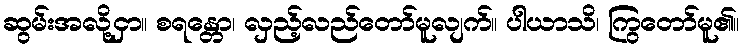
ဆွမ်းအလို့ငှာ။ စရန္တော၊ လှည့်လည်တော်မူလျက်။ ပါယာသိ၊ ကြွတော်မူ၏။